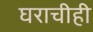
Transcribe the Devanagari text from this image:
घराचीही